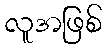
လူအဖြစ်